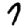
Digit: 7